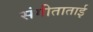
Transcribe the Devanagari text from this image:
संगीताताई